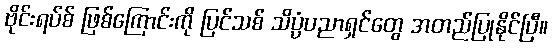
ဗိုင်းရပ်စ် ဖြစ်ကြောင်းကို ပြင်သစ် သိပ္ပံပညာရှင်တွေ အတည်ပြုနိုင်ပြီ။